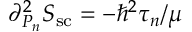
{ \partial _ { P _ { n } } ^ { 2 } S _ { \mathrm { s c } } } = - \hbar ^ { 2 } \tau _ { n } / \mu